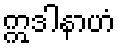
ဣဒါနာဟံ